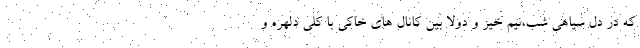
که در دل سیاهی شب،نیم خیز و دولا بین کانال های خاکی با کلی دلهره و